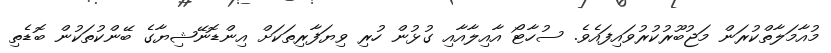
މުއާމަލާތްކުރަން މަޖުބޫރުކުރުވައިފައެވެ. ސުހާޓޯ އާއިލާއާއި ގުޅުން ހުރި ވިޔަފާރިތަކަށް އިންޑޮނޭޝިޔާގެ ބޭންކުތަކުން ބޮޑެތި